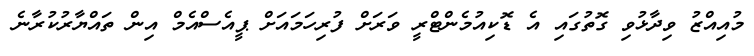
މުއިއްޒު ވިދާޅުވި ގޮތުގައި އެ ޑޮކިއުމެންޓްރީ ވަރަށް ފުރިހަމައަށް ޕީއެސްއެމް އިން ތައްޔާރުކުރާނެ